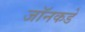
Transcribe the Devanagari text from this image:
जॉनकडे